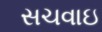
સચવાઇ